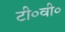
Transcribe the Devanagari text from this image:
टी०वी०